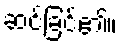
ဆင်ခြင်၏။